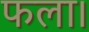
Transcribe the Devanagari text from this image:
फला।